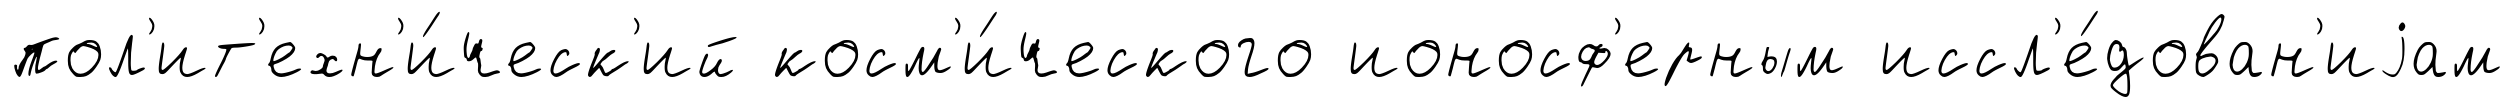
пол'ит'ехн'и́ческ'ий косм'и́ческого ионосф'ерным иссл'е́дован'иjам